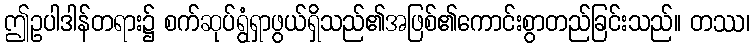
ဤဥပါဒါန်တရား၌ စက်ဆုပ်ရွံရှာဖွယ်ရှိသည်၏အဖြစ်၏ကောင်းစွာတည်ခြင်းသည်။ တဿ၊